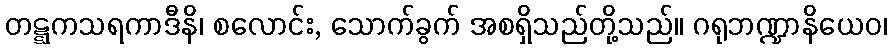
တဋ္ဋကသရကာဒီနိ၊ စလောင်း, သောက်ခွက် အစရှိသည်တို့သည်။ ဂရုဘဏ္ဍာနိယေဝ၊